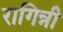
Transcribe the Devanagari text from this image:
रागिन्नी